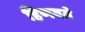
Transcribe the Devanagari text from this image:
हिणवते